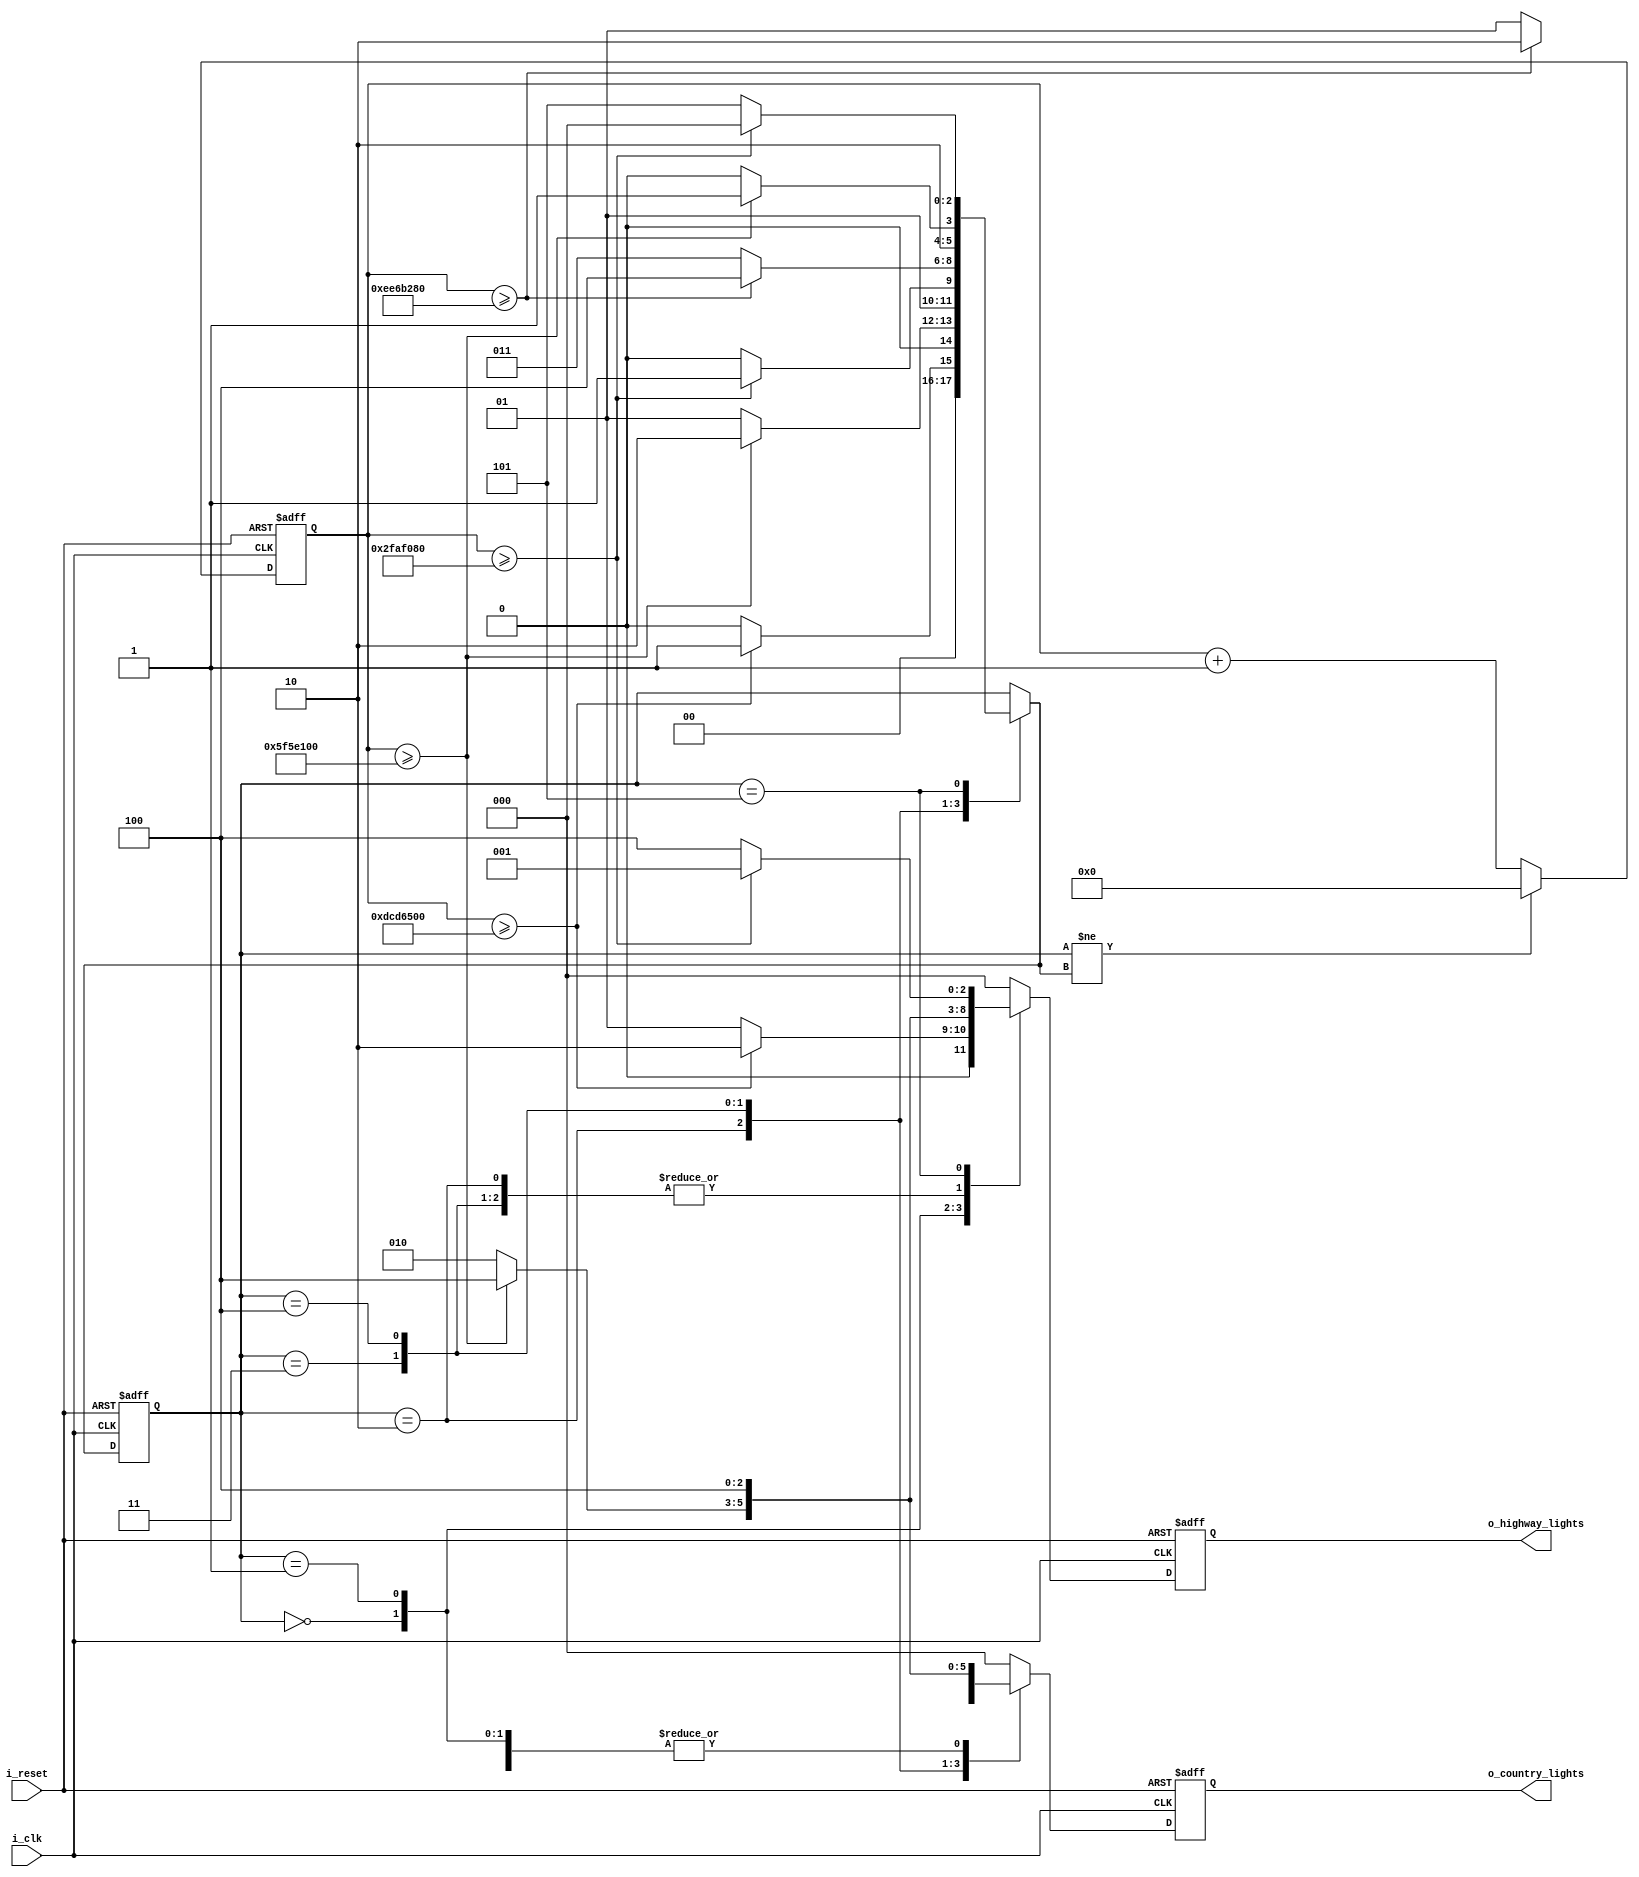
module traffic_lights (
	input i_clk,
	input i_reset,
	
	// Each pin is {red, orange, green?}
	output reg [2:0] o_highway_lights = 3'b000,
	output reg [2:0] o_country_lights = 3'b000
);
	// We are using a gated Mealy FSM for this design

	// State values for FSM
	localparam [2:0]
		state_0 = 0,
		state_1 = 1,
		state_2 = 2,
		state_3 = 3,
		state_4 = 4,
		state_5 = 5;
	
	// Timing values for lights
	localparam highway_green_time = 28'd500_000_000;
	localparam country_green_time = 28'd250_000_000;
	localparam orange_time = 28'd100_000_000;
	localparam clearing_time = 28'd50_000_000;
	
	// Gating of the outputs
	reg [2:0] r_new_highway_lights = 3'b000;
	reg [2:0] r_new_country_lights = 3'b000;
	
	// FSM State Registers
	reg [2:0] r_state = state_0;
	reg [2:0] r_state_next = state_0;
	
	// Timing counter
	reg [27:0] r_counter = 0;
	
	// Output gating
	always @(posedge i_clk, posedge i_reset) begin
		if (i_reset) begin
			o_highway_lights <= 0;
			o_country_lights <= 0;
		end
		else begin
			o_highway_lights <= r_new_highway_lights;
			o_country_lights <= r_new_country_lights;
		end
	end
	
	// State register block
	always @(posedge i_clk, posedge i_reset) begin
		if (i_reset) begin
			r_state <= state_0;
		end
		else begin
			r_state <= r_state_next;
		end
	end
	
	// Timer incrementing and reset
	always @(posedge i_clk, posedge i_reset) begin
		if (i_reset) begin
			r_counter <= 0;
		end
		else begin
			if (r_state != r_state_next) begin
				r_counter <= 0;
			end
			else begin
				r_counter <= r_counter + 1;
			end
		end
	end
	
	// Next state logic
	always @(r_counter, r_state) begin
		r_state_next = r_state;
		
		r_new_highway_lights = 3'b0;
		r_new_country_lights = 3'b0;
		
		case (r_state)
			state_0:
				begin
					if (r_counter >= highway_green_time) begin
						r_new_highway_lights = 3'b010;
						r_new_country_lights = 3'b100;
						
						r_state_next = state_1;
					end
					else begin
						r_new_highway_lights = 3'b001;
						r_new_country_lights = 3'b100;
						
						r_state_next = state_0;
					end
				end
			state_1: 
				begin
					if (r_counter >= orange_time) begin
						r_new_highway_lights = 3'b100;
						r_new_country_lights = 3'b100;
						
						r_state_next = state_2;
					end
					else begin
						r_new_highway_lights = 3'b010;
						r_new_country_lights = 3'b100;
						
						r_state_next = state_1;
					end
				end
			state_2:
				begin
					if (r_counter >= clearing_time) begin
						r_new_highway_lights = 3'b100;
						r_new_country_lights = 3'b001;
						
						r_state_next = state_3;
					end
					else begin
						r_new_highway_lights = 3'b100;
						r_new_country_lights = 3'b100;
						
						r_state_next = state_2;
					end
				end
			state_3:
				begin
					if (r_counter >= country_green_time) begin
						r_new_highway_lights = 3'b100;
						r_new_country_lights = 3'b010;
						
						r_state_next = state_4;
					end
					else begin
						r_new_highway_lights = 3'b100;
						r_new_country_lights = 3'b001;
						
						r_state_next = state_3;
					end
				end
			state_4:
				begin
					if (r_counter >= orange_time) begin
						r_new_highway_lights = 3'b100;
						r_new_country_lights = 3'b100;
						
						r_state_next = state_5;
					end
					else begin
						r_new_highway_lights = 3'b100;
						r_new_country_lights = 3'b010;
						
						r_state_next = state_4;
					end
				end
			state_5:
				begin
					if (r_counter >= clearing_time) begin
						r_new_highway_lights = 3'b001;
						r_new_country_lights = 3'b100;
						
						r_state_next = state_0;
					end
					else begin
						r_new_highway_lights = 3'b100;
						r_new_country_lights = 3'b100;
						
						r_state_next = state_5;
					end
				end
		endcase
	end
	
endmodule